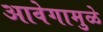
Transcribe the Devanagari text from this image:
आवेगामुळे